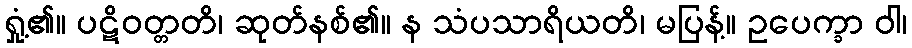
ရှုံ့၏။ ပဋိဝတ္တတိ၊ ဆုတ်နစ်၏။ န သံပသာရိယတိ၊ မပြန့်။ ဥပေက္ခာ ဝါ၊